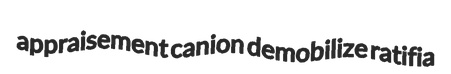
appraisement canion demobilize ratifia